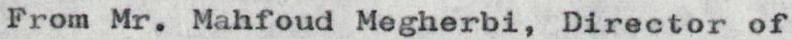
From Mr. Mahfoud Megherbi, Director of